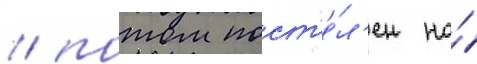
/ потом пост'е́л'ен на́